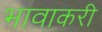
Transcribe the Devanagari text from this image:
भावाकरी